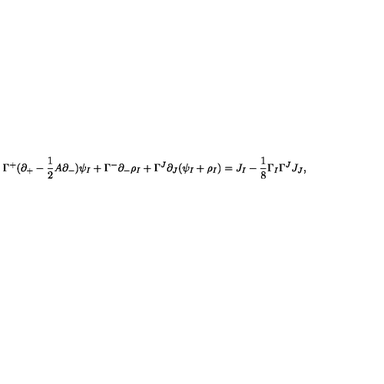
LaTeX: \Gamma ^ { + } ( \partial _ { + } - \frac { 1 } { 2 } A \partial _ { - } ) \psi _ { I } + \Gamma ^ { - } \partial _ { - } \rho _ { I } + \Gamma ^ { J } \partial _ { J } ( \psi _ { I } + \rho _ { I } ) = J _ { I } - \frac { 1 } { 8 } \Gamma _ { I } \Gamma ^ { J } J _ { J } ,